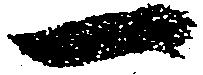
一